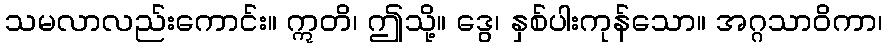
သမလာလည်းကောင်း။ ဣတိ၊ ဤသို့။ ဒွေ၊ နှစ်ပါးကုန်သော။ အဂ္ဂသာဝိကာ၊